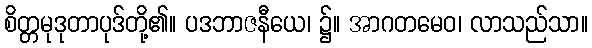
စိတ္တမုဒုတာပုဒ်တို့၏။ ပဒဘာဇနီယေ၊ ၌။ အာဂတမေဝ၊ လာသည်သာ။